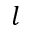
l